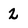
Character: 2